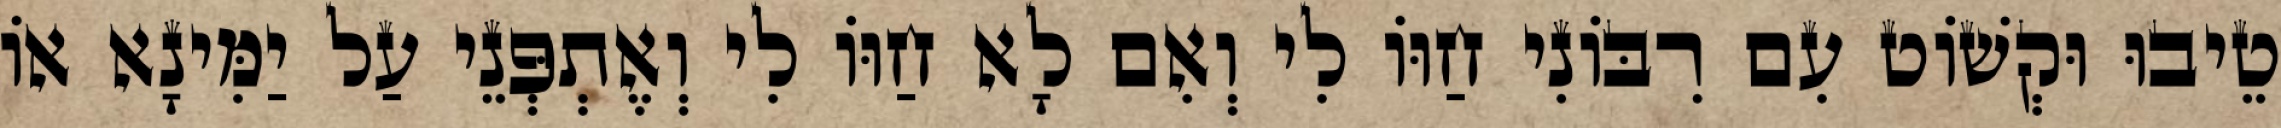
טֵיבוּ וּקְשׁוֹט עִם רִבּוֹנִי חַוּוֹ לִי וְאִם לָא חַוּוֹ לִי וְאֶתְפְּנֵי עַל יַמִּינָא אוֹ